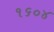
૧૬૦૪